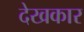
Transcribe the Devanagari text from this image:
देखकार